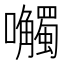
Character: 𫬼